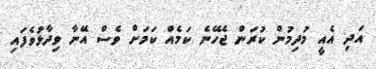
އަދި އެއީ މުދިމުން ކުރަން ޖެހޭނެ ކަމެއް ކަމަށް ވެސް އޭނާ ވިދާޅުވެފައި